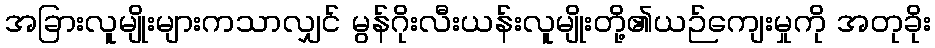
အခြားလူမျိုးများကသာလျှင် မွန်ဂိုးလီးယန်းလူမျိုးတို့၏ယဉ်ကျေးမှုကို အတုခိုး